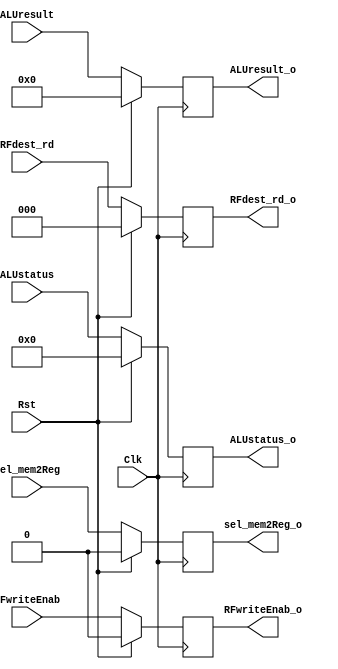
`timescale 1ns / 1ps
//////////////////////////////////////////////////////////////////////////////////
// Company: 			NTU
// 
// Design Name: 
// Module Name:    	IF_stage 
// Project Name: 		uP16_5Stage
// Target Devices: 	Spartan 6
// Tool versions: 
// Description: 
//
// Dependencies: 
//
// Revision: 
// Revision 0.01 - File Created
// Additional Comments: 
//
//////////////////////////////////////////////////////////////////////////////////


module EX_Mem_PR #(parameter ISIZE=18, DSIZE=16) (
   input Clk, Rst, 
	//input memWriteEnab, memEnab, 			// not registered 
	input sel_mem2Reg, RFwriteEnab, 
	input [DSIZE-1:0] ALUresult,
	input [2:0] RFdest_rd, 
	input [3:0] ALUstatus,
	//output reg memWriteEnab_o, memEnab_o, 			// not registered 
	output reg sel_mem2Reg_o, RFwriteEnab_o, 
	output reg [DSIZE-1:0] ALUresult_o,
	output reg [2:0] RFdest_rd_o,
	output reg [3:0] ALUstatus_o
	 );


// ID:EX Pipeline register
always @ (posedge Clk)
	if (Rst) begin
		sel_mem2Reg_o <= 1'b0;			// control signal to mux in Mem stage
		RFwriteEnab_o <= 1'b0;			// control to RF
		ALUresult_o <= 16'b0;			// output data
		RFdest_rd_o <= 3'b0;				// RegFile write destination 
		ALUstatus_o <= 4'b0;				// ALU status
		end
	else begin
		sel_mem2Reg_o <= sel_mem2Reg;	// control signal to mux in Mem stage
		RFwriteEnab_o <= RFwriteEnab;	// control to RF
		ALUresult_o <= ALUresult;		// output data
		RFdest_rd_o <= RFdest_rd;		// RegFile write destination 
		ALUstatus_o <= ALUstatus;		// ALU status
		end

endmodule